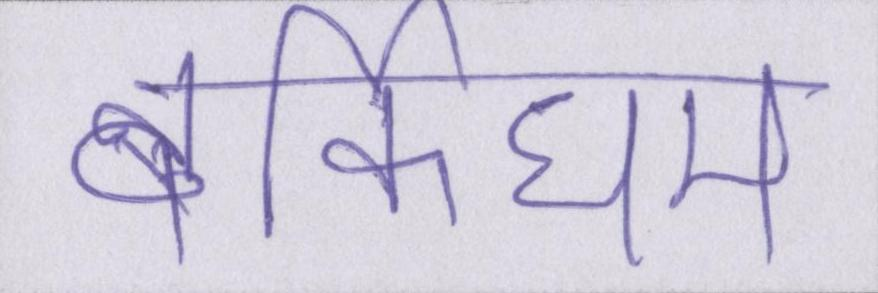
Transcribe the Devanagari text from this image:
बर्किघम